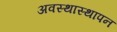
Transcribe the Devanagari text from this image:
अवस्थास्थापन